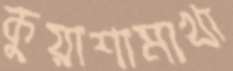
কুয়াশামাখা